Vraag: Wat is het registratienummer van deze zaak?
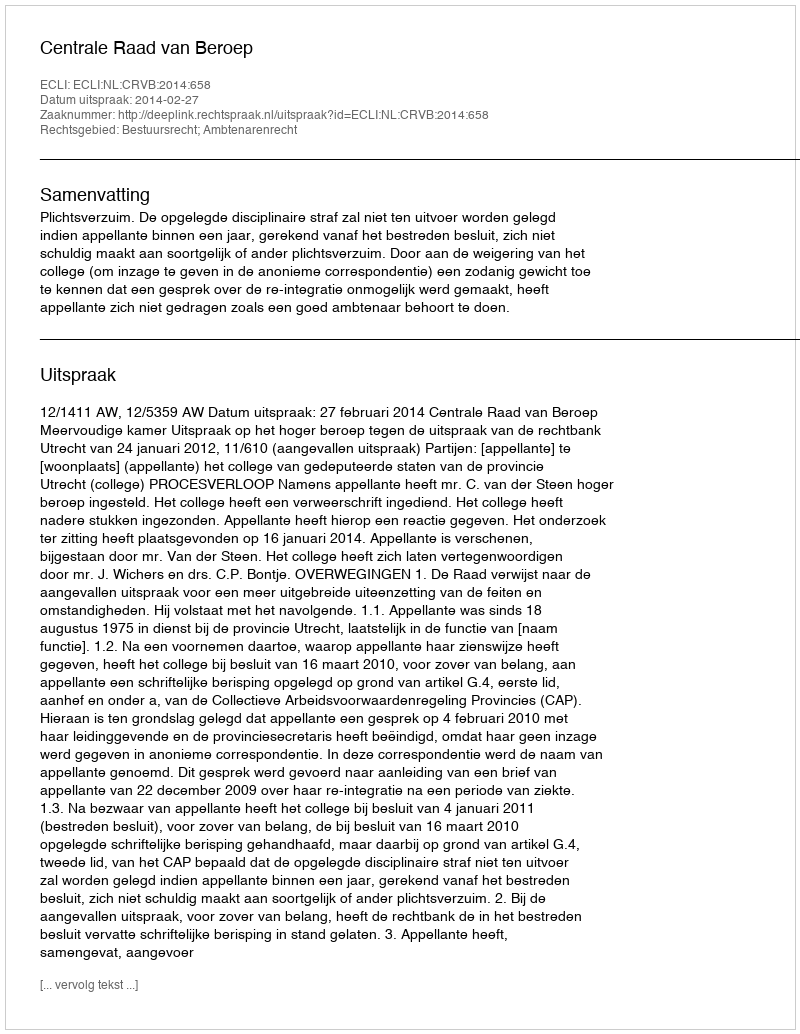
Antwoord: http://deeplink.rechtspraak.nl/uitspraak?id=ECLI:NL:CRVB:2014:658